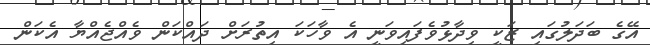
އޭގެ ބަދަލުގައި ޒަކީ ވިދާޅުވެފައިވަނީ އެ ވާހަކަ އިތުރަށް ދައްކަން ވެއްޖެއްޔާ އެކަން